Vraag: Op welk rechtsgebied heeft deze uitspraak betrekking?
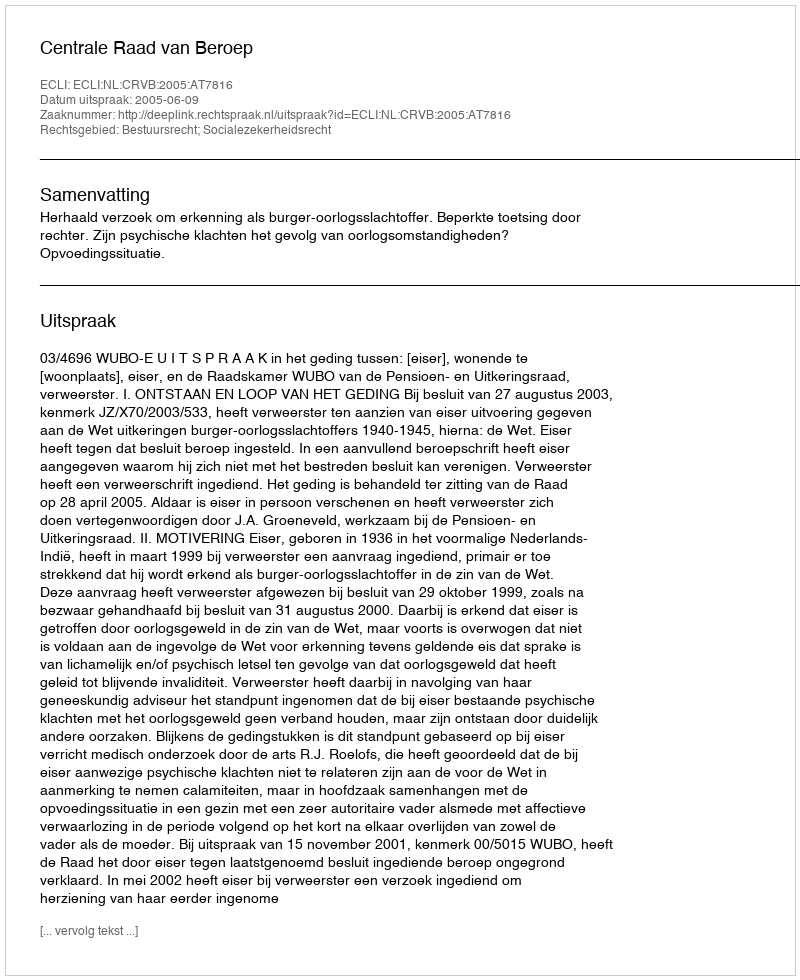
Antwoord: Bestuursrecht; Socialezekerheidsrecht